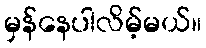
မှန်နေပါလိမ့်မယ်။